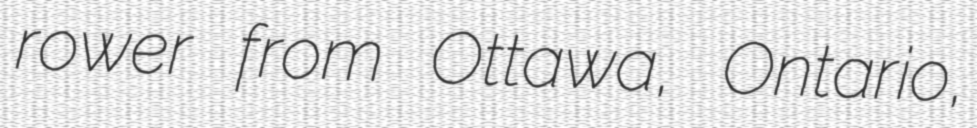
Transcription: rower from Ottawa, Ontario,